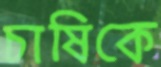
চাষিকে